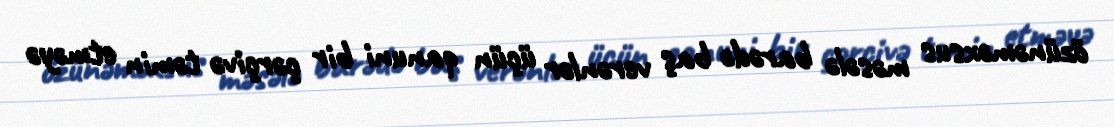
özünəməxsus məsələ barədə baş verənlər üçün qanuni bir çərçivə təmin etməyə